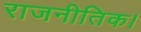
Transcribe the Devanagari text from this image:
राजनीतिक।